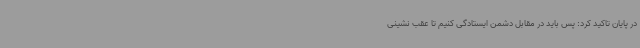
در پایان تاکید کرد: پس باید در مقابل دشمن ایستادگی کنیم تا عقب نشینی